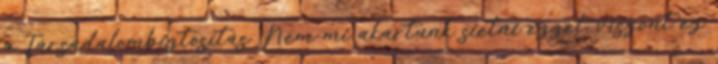
a Társadalombiztosítás. Nem mi akartunk sietni ezzel, viszont ez